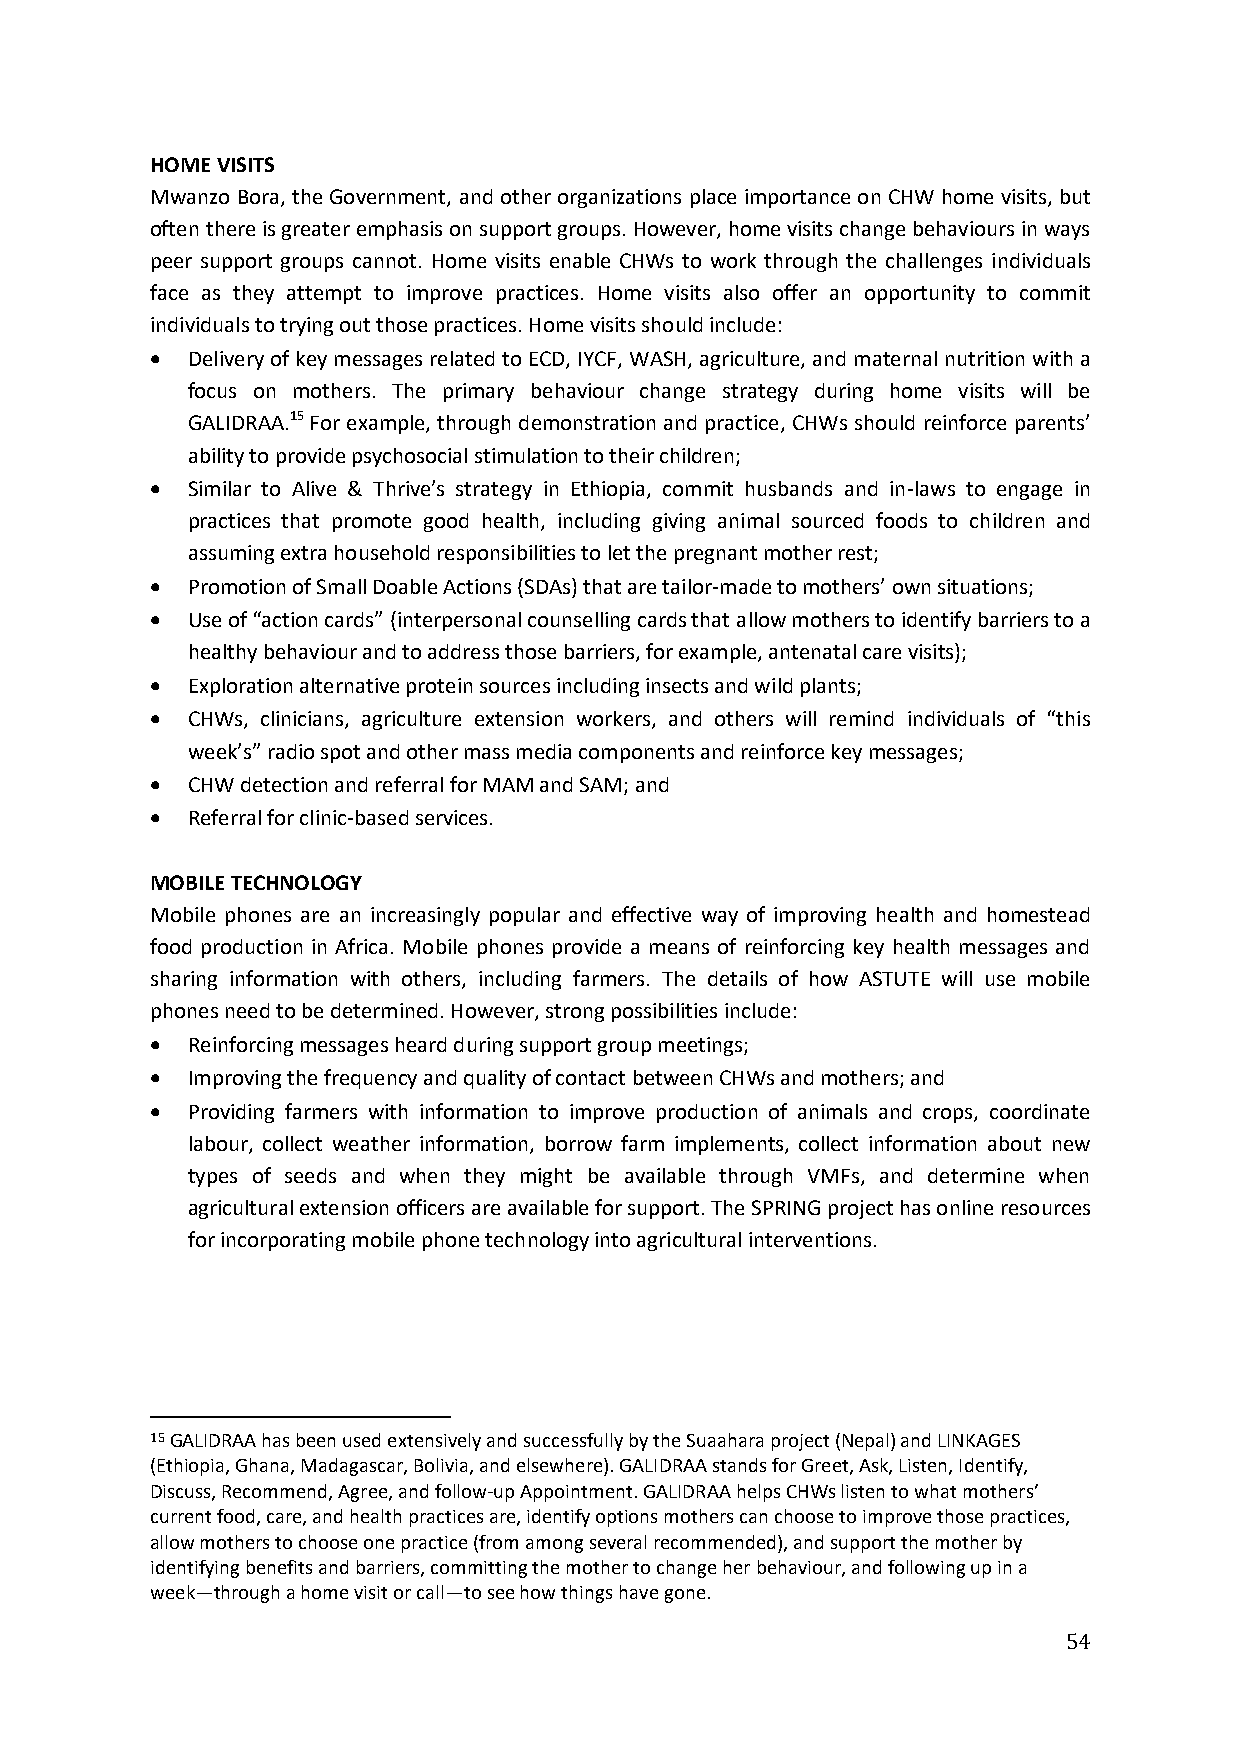
HOME VISITS
 Mwanzo Bora, the Government, and other organizations place importance on CHW home visits, but
 often there is greater emphasis on support groups. However, home visits change behaviours in ways
 peer support groups cannot. Home visits enable CHWs to work through the challenges individuals
 face as they attempt to improve practices. Home visits also offer an opportunity to commit
 individuals to trying out those practices. Home visits should include:
  Delivery of key messages related to ECD, IYCF, WASH, agriculture, and maternal nutrition with a
 focus on mothers. The primary behaviour change strategy during home visits will be
 GALIDRAA.15 For example, through demonstration and practice, CHWs should reinforce parents’
 ability to provide psychosocial stimulation to their children;
  Similar to Alive & Thrive’s strategy in Ethiopia, commit husbands and in-laws to engage in
 practices that promote good health, including giving animal sourced foods to children and
 assuming extra household responsibilities to let the pregnant mother rest;
  Promotion of Small Doable Actions (SDAs) that are tailor-made to mothers’ own situations;
  Use of “action cards” (interpersonal counselling cards that allow mothers to identify barriers to a
 healthy behaviour and to address those barriers, for example, antenatal care visits);
  Exploration alternative protein sources including insects and wild plants;
  CHWs, clinicians, agriculture extension workers, and others will remind individuals of “this
 week’s” radio spot and other mass media components and reinforce key messages;
  CHW detection and referral for MAM and SAM; and
  Referral for clinic-based services.
 MOBILE TECHNOLOGY
 Mobile phones are an increasingly popular and effective way of improving health and homestead
 food production in Africa. Mobile phones provide a means of reinforcing key health messages and
 sharing information with others, including farmers. The details of how ASTUTE will use mobile
 phones need to be determined. However, strong possibilities include:
  Reinforcing messages heard during support group meetings;
  Improving the frequency and quality of contact between CHWs and mothers; and
  Providing farmers with information to improve production of animals and crops, coordinate
 labour, collect weather information, borrow farm implements, collect information about new
 types of seeds and when they might be available through VMFs, and determine when
 agricultural extension officers are available for support. The SPRING project has online resources
 for incorporating mobile phone technology into agricultural interventions.
 15 GALIDRAA has been used extensively and successfully by the Suaahara project (Nepal) and LINKAGES
 (Ethiopia, Ghana, Madagascar, Bolivia, and elsewhere). GALIDRAA stands for Greet, Ask, Listen, Identify,
 Discuss, Recommend, Agree, and follow-up Appointment. GALIDRAA helps CHWs listen to what mothers’
 current food, care, and health practices are, identify options mothers can choose to improve those practices,
 allow mothers to choose one practice (from among several recommended), and support the mother by
 identifying benefits and barriers, committing the mother to change her behaviour, and following up in a
 week—through a home visit or call—to see how things have gone.
 54